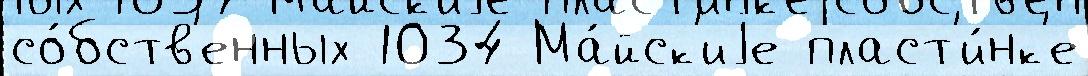
со́бств'енных 1034 Ма́йск'иjе пласт'и́нк'е